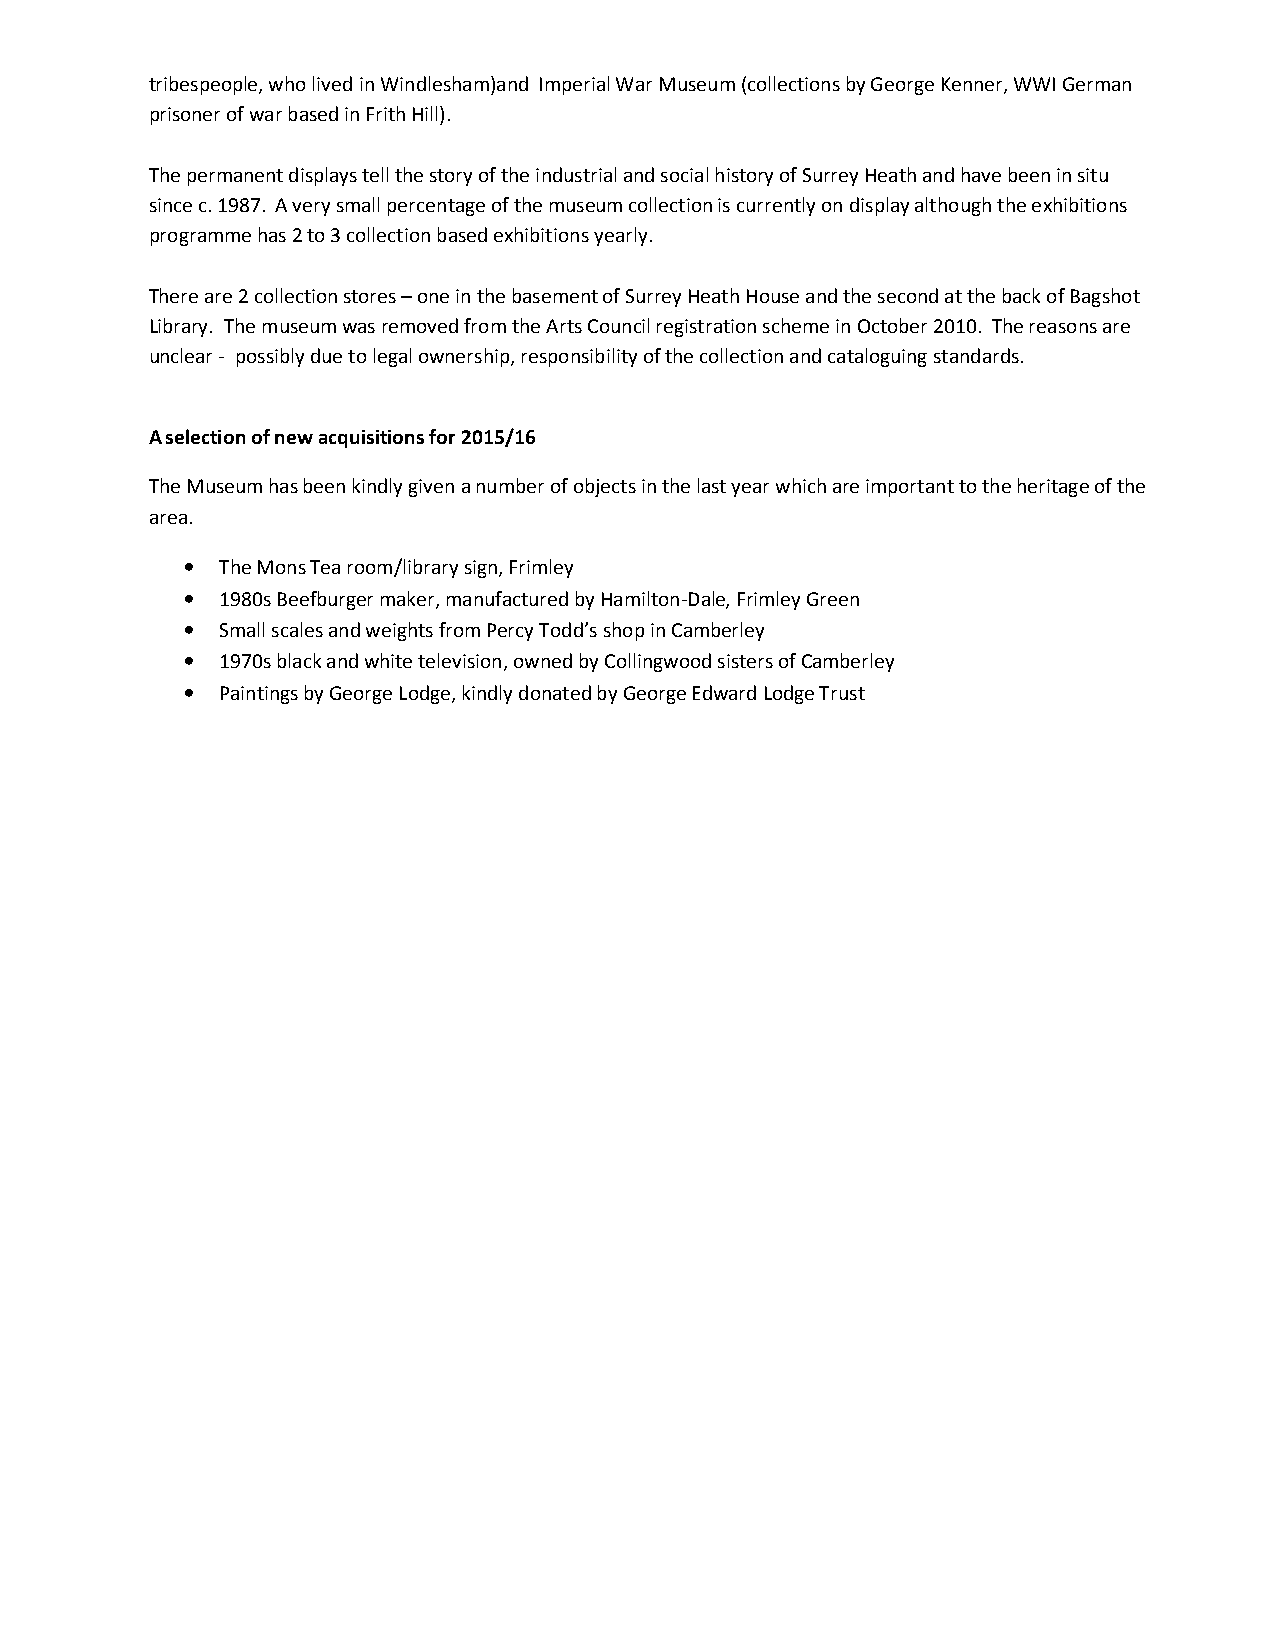
tribespeople, who lived in Windlesham)and Imperial War Museum (collections by George Kenner, WWI German
 prisoner of war based in Frith Hill).
 The permanent displays tell the story of the industrial and social history of Surrey Heath and have been in situ
 since c. 1987. A very small percentage of the museum collection is currently on display although the exhibitions
 programme has 2 to 3 collection based exhibitions yearly.
 There are 2 collection stores – one in the basement of Surrey Heath House and the second at the back of Bagshot
 Library. The museum was removed from the Arts Council registration scheme in October 2010. The reasons are
 unclear - possibly due to legal ownership, responsibility of the collection and cataloguing standards.
 A selection of new acquisitions for 2015/16
 The Museum has been kindly given a number of objects in the last year which are important to the heritage of the
 area.
 •  The Mons Tea room/library sign, Frimley
 •  1980s Beefburger maker, manufactured by Hamilton-Dale, Frimley Green
 •  Small scales and weights from Percy Todd’s shop in Camberley
 •  1970s black and white television, owned by Collingwood sisters of Camberley
 •  Paintings by George Lodge, kindly donated by George Edward Lodge Trust